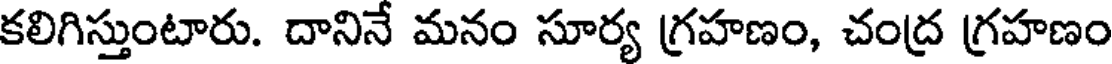
కలిగిస్తుంటారు. దానినే మనం సూర్య గ్రహణం, చంద్ర గ్రహణం